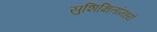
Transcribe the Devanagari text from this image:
सुशिक्षितांमध्ये